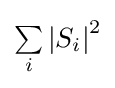
{\textstyle \sum \limits _{i}\left|S_{i}\right|^{2}}